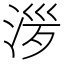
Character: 㳨